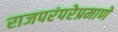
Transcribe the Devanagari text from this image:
राजपरंपरेप्रमाणे